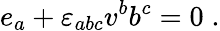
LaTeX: e_{a}+{\varepsilon}_{abc}v^{b}b^{c}=0\; .